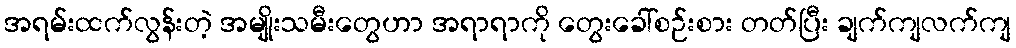
အရမ်းထက်လွန်းတဲ့ အမျိုးသမီးတွေဟာ အရာရာကို တွေးခေါ်စဉ်းစား တတ်ပြီး ချက်ကျလက်ကျ